Annual report of the Punjab Veterinary College and of the Civil Veterinary Department, Punjab - 1920-1925
Year: 1920
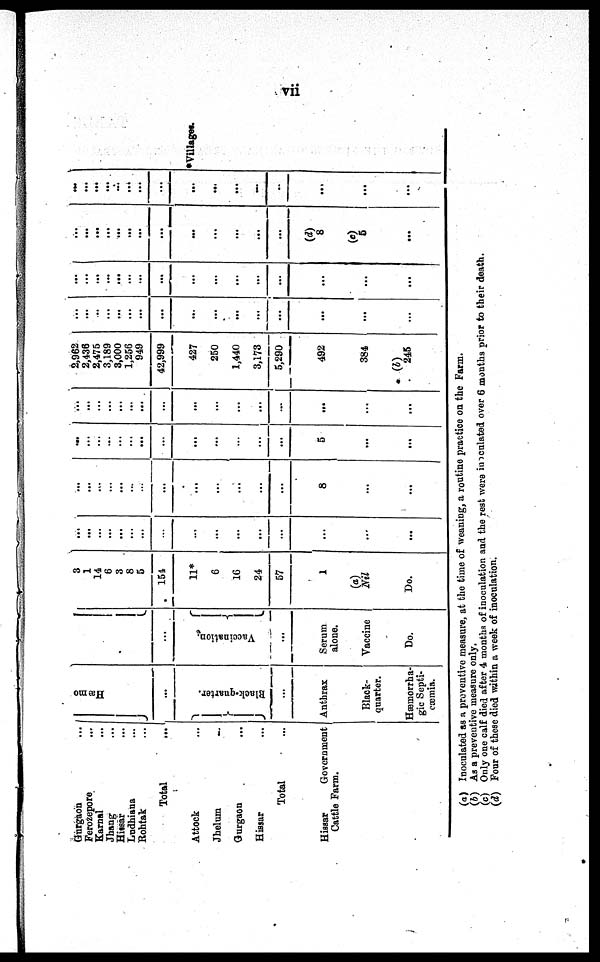
vii
Gurgaon ...
Ferozepore ...
Karnal ...
Jhang
...
Hissar
...
Ludhi ana
...
Rohtak
...
Total
...
Attock
...
Jhel um . . .
Gurgaon . . .
Hissar ...
Total ...
Hissar Government
Cattle Farm.
Hæmo
...
} Black-quarter.
...
Ant hrax
Black-
quarter.
Hæmorrha-
gi c Septi-
cæmia.
...
Vaccination. {
...
Serum
alone.
Vacci ne
Do.
3
1
14
6
3
8
5
154
11*
6
16
24
57
1
(a)
Nil
Do.
...
...
...
...
...
...
...
...
...
...
...
...
...
...
...
...
...
...
...
... ...
...
...
...
...
...
...
...
8
...
...
...
...
...
...
...
... ...
...
...
...
...
...
...
5
...
...
...
...
...
...
...
... ...
...
...
...
...
...
...
...
...
...
2, 962
2, 436
2, 475
3, 189
3, 000
1, 256
949
42, 999
427
250
1, 440
3, 173
5, 290
492
384
(b)
245
...
...
...
... ...
...
...
...
...
...
...
...
...
...
...
...
...
...
...
...
...
...
...
...
...
...
...
...
...
...
...
...
...
...
...
...
...
...
...
...
...
...
...
...
...
(d)
8
(c)
5
...
...
...
...
...
...
...
...
...
...
...
...
...
...
...
...
...
*Villages.
(a) Inoculated as a preventive measure, at the time o f weaning, a routine practice on t he Farm.
(b) A s a preventive measure only.
(c) Onl y one calf di ed after 4 mont hs of inoculation and t he rest were inoculated over 6 mont hs prior t o their death.
(d) Four o f these died within a week o f inoculation.